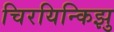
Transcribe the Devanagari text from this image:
चिरयिन्किझु